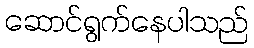
ဆောင်ရွက်နေပါသည်